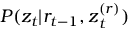
P ( z _ { t } | r _ { t - 1 } , \boldsymbol { z } _ { t } ^ { ( r ) } )